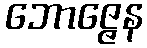
ဘောဇ္ဇေန